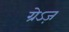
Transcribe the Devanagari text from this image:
ग्रेऽज़